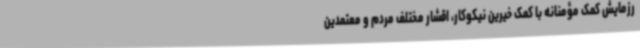
رزمایش کمک مؤمنانه با کمک خیرین نیکوکار، اقشار مختلف مردم و معتمدین